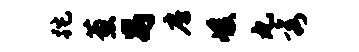
跎葱舄房峻丸秀